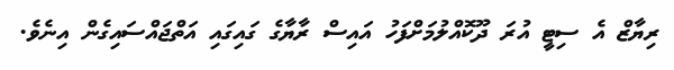
ރިޔާޒް އެ ސިޓީ އުރަ ދޫކޮއްލުމަށްފަހު އައިސް ރާޔާގެ ގައިގައި އަތްޖައްސައިގެން އިނެވެ.